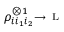
\rho _ { i i _ { 1 } i _ { 2 } } ^ { \otimes 1 } \substack { \longrightarrow \, \mathrm { ~ L ~ } }